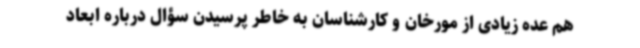
هم عده زیادی از مورخان و کارشناسان به خاطر پرسیدن سؤال درباره ابعاد